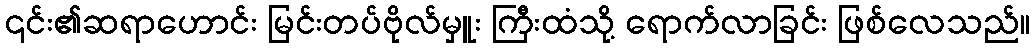
၎င်း၏ဆရာဟောင်း မြင်းတပ်ဗိုလ်မှူး ကြီးထံသို့ ရောက်လာခြင်း ဖြစ်လေသည်။